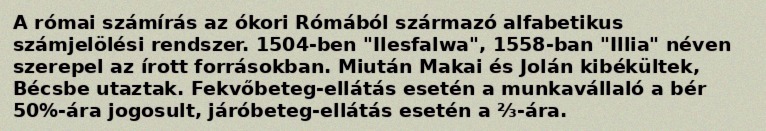
A római számírás az ókori Rómából származó alfabetikus számjelölési rendszer. 1504-ben "Ilesfalwa", 1558-ban "Illia" néven szerepel az írott forrásokban. Miután Makai és Jolán kibékültek, Bécsbe utaztak. Fekvőbeteg-ellátás esetén a munkavállaló a bér 50%-ára jogosult, járóbeteg-ellátás esetén a ⅔-ára.